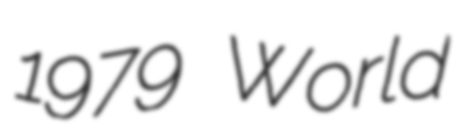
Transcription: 1979 World